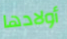
أولادها